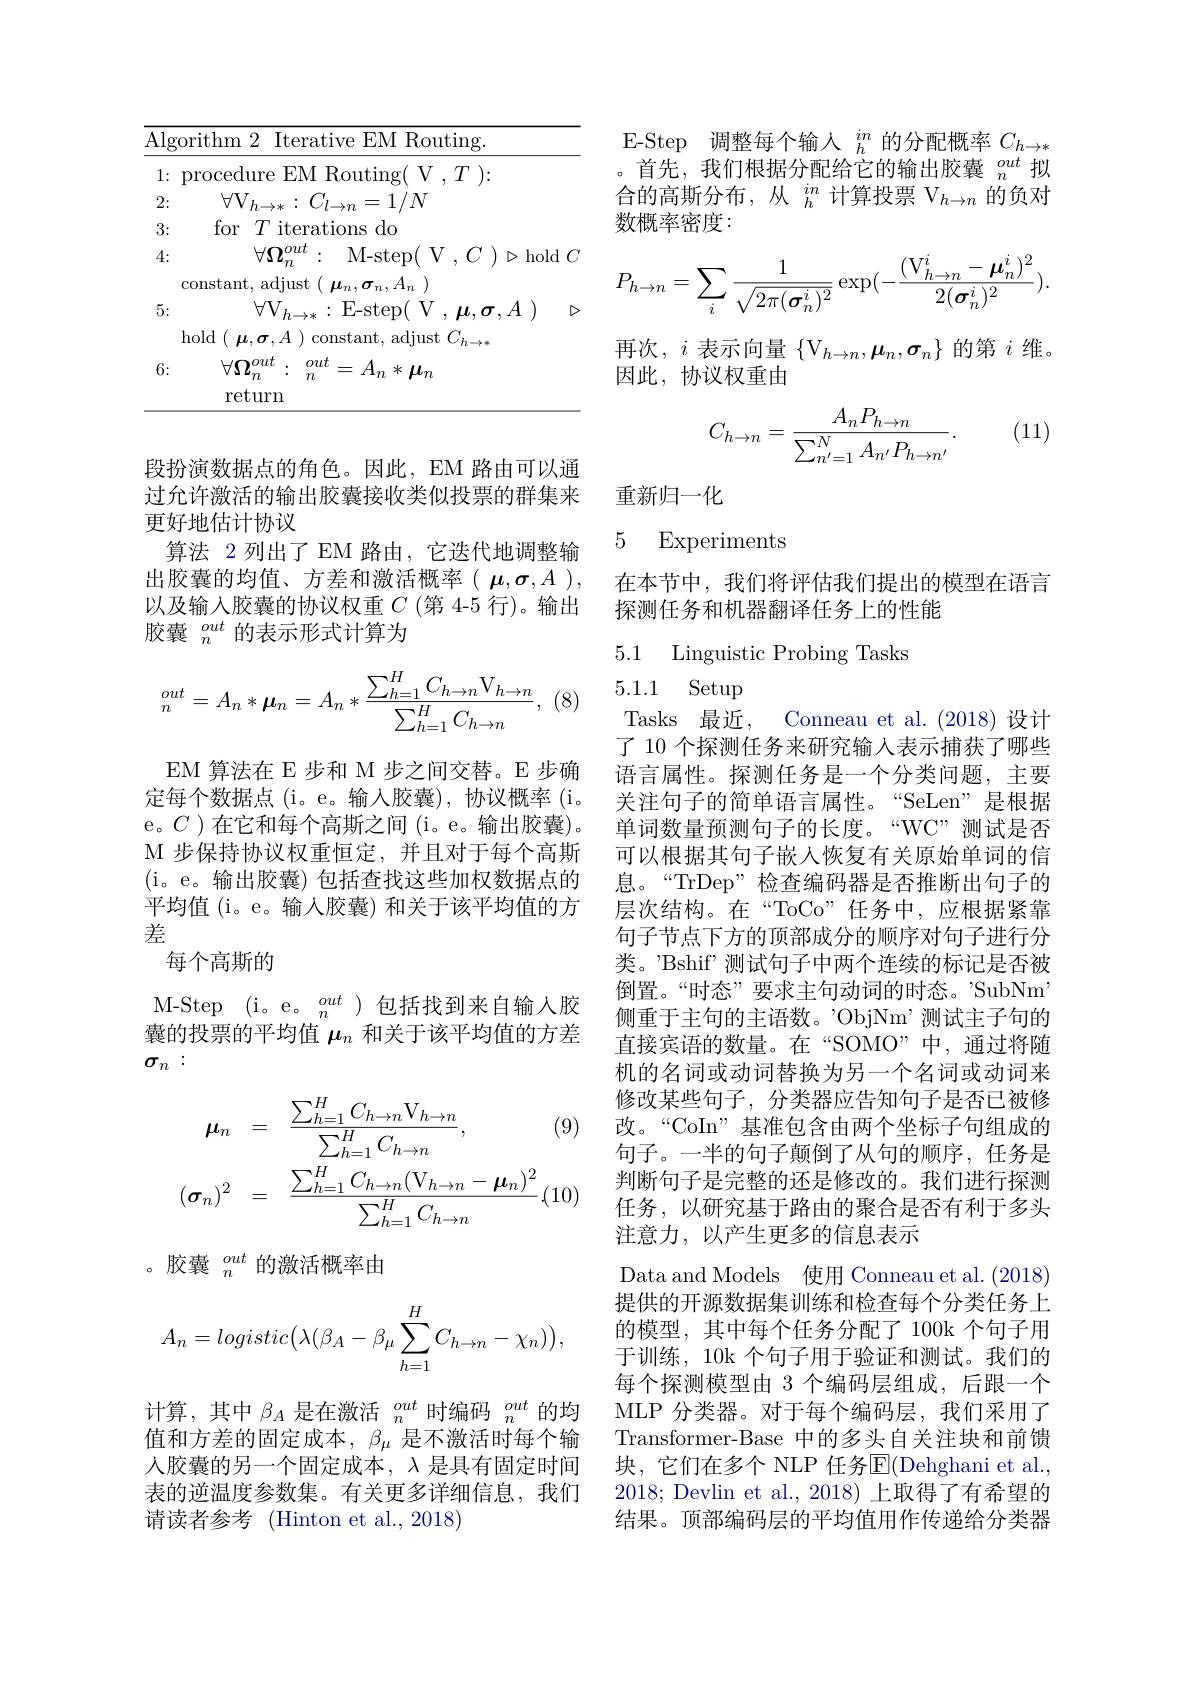
<table>
	<tbody>
		<tr>
			<td>$\underline{{\overline{{\mathrm{Algo:}}}}}$</td>
			<td>$\overline{\mathrm{Al}_{\xi}}$</td>
			<td>orithm 2 Iterative EM Routing</td>
		</tr>
		<tr>
			<td>1: $F$</td>
			<td>1</td>
			<td>procedure EM Routing( V $,T)\colon$</td>
		</tr>
		<tr>
			<td>2:</td>
			<td>2:</td>
			<td>$\forall \mathrm{V} _{h\to * }:$ $C_{l\to n}= 1/ N$</td>
		</tr>
		<tr>
			<td>3:</td>
			<td>3: 1 </td>
			<td>for$T$iterations do</td>
		</tr>
		<tr>
			<td>4:</td>
			<td>4: 1 1</td>
			<td>$\forall\Omega^{out}$ M- step( V , C $\triangleright$hold( 112</td>
		</tr>
		<tr>
			<td>$\pm.$</td>
			<td>士.</td>
			<td> </td>
		</tr>
		<tr>
			<td>1 5</td>
			<td>E</td>
			<td> </td>
		</tr>
		<tr>
			<td> </td>
			<td>1</td>
			<td> </td>
		</tr>
		<tr>
			<td>LI 6:</td>
			<td>6:</td>
			<td>$\forall nout$ out $y$</td>
		</tr>
	</tbody>
</table>

段扮演数据点的角色。因此，EM 路由可以通过允许激活的输出胶囊接收类似投票的群集来更好地估计协议
算法 2 列出了 EM 路由，它迭代地调整输出胶囊的均值、方差和激活概率($\mu,\sigma,A)$, 以及输入胶囊的协议权重$C$ (第 4-5 行)。输出胶囊$\begin{smallmatrix}out\\n\end{smallmatrix}$的表示形式计算为

$(\mathbb{Q}$
$$_n^{out}=A_n*\boldsymbol{\mu}_n=A_n*\frac{\sum_{h=1}^HC_{h\to n}\mathrm V_{h\to n}}{\sum_{h=1}^HC_{h\to n}},$$
EM 算法在 E 步和 M 步之间交替。E 步确定每个数据点(i。e。输入胶囊),协议概率(i。e。$C$ )在它和每个高斯之间(i。e。输出胶囊)。M 步保持协议权重恒定，并且对于每个高斯(i。e。输出胶囊)包括查找这些加权数据点的平均值 (i。e。输入胶囊) 和关于该平均值的方差
每个高斯的

M-Step (i。e。$\frac{out}n$)包括找到来自输入胶囊的投票的平均值$\mu_n$和关于该平均值的方差$\sigma_n:$
$$\begin{aligned}\mu_{n}&=\quad\frac{\sum_{h=1}^{H}C_{h\to n}\mathrm{V}_{h\to n}}{\sum_{h=1}^{H}C_{h\to n}},\quad(9\\(\sigma_{n})^{2}&=\quad\frac{\sum_{h=1}^{H}C_{h\to n}(\mathrm{V}_{h\to n}-\boldsymbol{\mu}_{n})^{2}}{\sum_{h=1}^{H}C_{h\to n}}(10\end{aligned}$$
。胶囊$\begin{smallmatrix}out\\n\end{smallmatrix}$的激活概率由
$$A_n=logistic\big(\lambda(\beta_A-\beta_\mu\sum_{h=1}^HC_{h\to n}-\chi_n)\big),$$
计算，其中$\beta_A$是在激活$_n^out$时编码$_n^{out}$的均值和方差的固定成本，$\beta_\mu$是不激活时每个输人胶囊的另一个固定成本，$\lambda$是具有固定时间表的逆温度参数集。有关更多详细信息，我们请读者参考 (Hinton et al., 2018)

E-Step 调整每个输入$_h^{in}$的分配概率$C_{h\to*}$ 。首先，我们根据分配给它的输出胶囊$_n^{out}$拟合的高斯分布，从$_h^{in}$计算投票$\mathcal{V}_h\to n$的负对数概率密度：
$$P_{h\to n}=\sum_{i}\frac{1}{\sqrt{2\pi(\boldsymbol{\sigma}_{n}^{i})^{2}}}\exp(-\frac{(\mathrm V_{h\to n}^{i}-\boldsymbol\mu_{n}^{i})^{2}}{2(\boldsymbol\sigma_{n}^{i})^{2}}).$$
再次，$i$表示向量$\{\mathrm V_h\to n,\boldsymbol\mu_n,\boldsymbol\sigma_n\}$的第$i$维。
因此，协议权重由

(11)
$$C_{h\to n}=\frac{A_nP_{h\to n}}{\sum_{n'=1}^NA_{n'}P_{h\to n'}}.$$
重新归一化

## 5 Experiments

在本节中，我们将评估我们提出的模型在语言
探测任务和机器翻译任务上的性能

### 5.1 Linguistic Probing Tasks 5.1.1 Setup

Conneau et al. (2018)设计
Tasks 最近，
了 10 个探测任务来研究输入表示捕获了哪些语言属性。探测任务是一个分类问题，主要关注句子的简单语言属性。“SeLen”是根据单词数量预测句子的长度。“WC”测试是否可以根据其句子嵌入恢复有关原始单词的信息。“TrDep”检查编码器是否推断出句子的层次结构。在“ToCo”任务中，应根据紧靠句子节点下方的顶部成分的顺序对句子进行分类。'Bshif”测试句子中两个连续的标记是否被倒置。“时态”要求主句动词的时态。'SubNm' 侧重于主句的主语数。’ObjNm’测试主子句的直接宾语的数量。在“SOMO”中，通过将随机的名词或动词替换为另一个名词或动词来修改某些句子，分类器应告知句子是否已被修改。“CoIn”基准包含由两个坐标子句组成的句子。一半的句子颠倒了从句的顺序，任务是判断句子是完整的还是修改的。我们进行探测任务，以研究基于路由的聚合是否有利于多头注意力，以产生更多的信息表示
Data and Models 使用 Conneau et al.(2018) 提供的开源数据集训练和检查每个分类任务上的模型，其中每个任务分配了 100k 个句子用于训练，10k 个句子用于验证和测试。我们的每个探测模型由 3 个编码层组成，后跟一个MLP 分类器。对于每个编码层，我们采用了Transformer-Base 中的多头自关注块和前馈块，它们在多个 NLP 任务$\overline{\mathrm{E}}($Dehghani et al., 2018; Devlin et al., 2018) 上取得了有希望的结果。顶部编码层的平均值用作传递给分类器